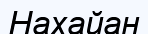
Нахайан